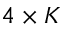
4 \times K